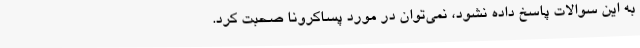
به این سوالات پاسخ داده نشود، نمی‌توان در مورد پساکرونا صحبت کرد.